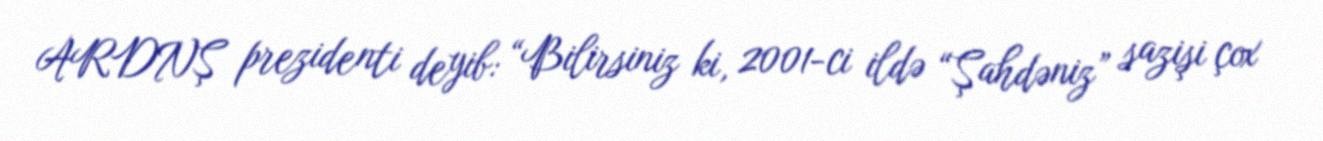
ARDNŞ prezidenti deyib: “Bilirsiniz ki, 2001-ci ildə “Şahdəniz” sazişi çox